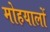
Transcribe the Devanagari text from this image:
मोहयालों